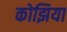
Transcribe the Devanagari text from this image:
कोझिया